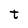
Character: t